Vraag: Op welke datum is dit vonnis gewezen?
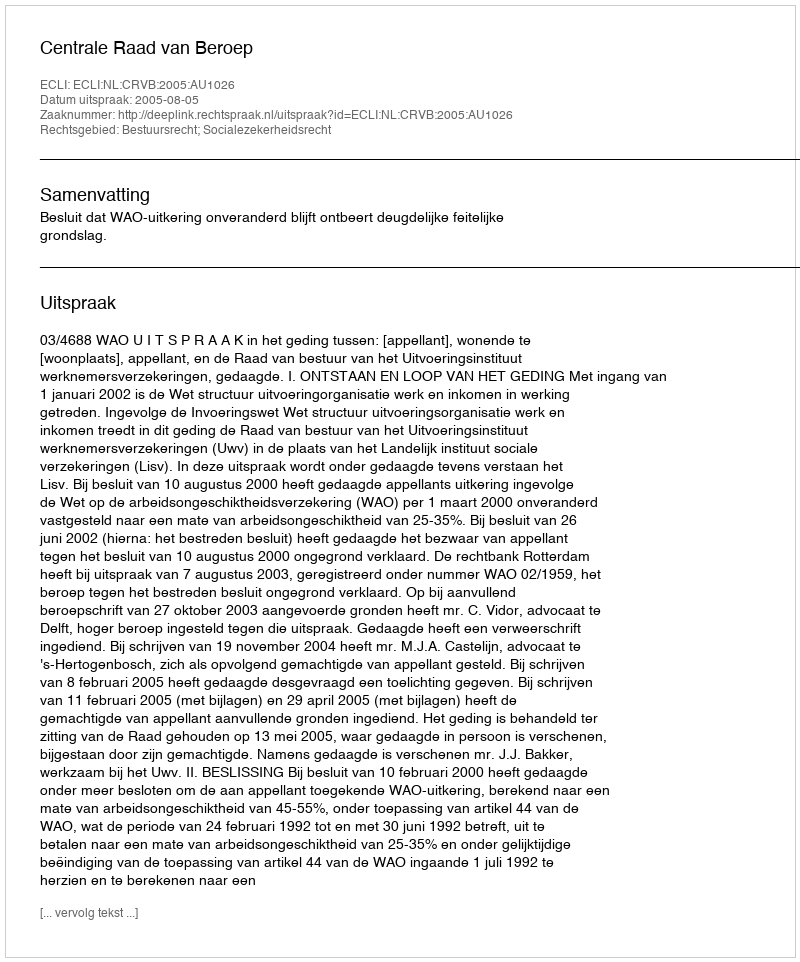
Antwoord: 2005-08-05